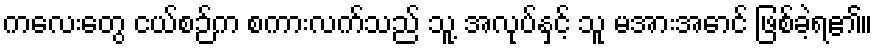
ကလေးတွေ ငယ်စဉ်က စကားလက်သည် သူ့ အလုပ်နှင့် သူ မအားအောင် ဖြစ်ခဲ့ရ၏။